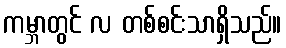
ကမ္ဘာတွင် လ တစ်စင်းသာရှိသည်။